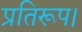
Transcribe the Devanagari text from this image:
प्रतिरूप।